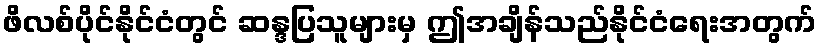
ဖိလစ်ပိုင်နိုင်ငံတွင် ဆန္ဒပြသူများမှ ဤအချိန်သည်နိုင်ငံရေးအတွက်